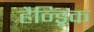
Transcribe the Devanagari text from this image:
हैन्ड्रिक